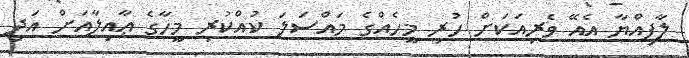
ލާފިއްޔާ އެއޭ ވެރިއަކަށް ހުރި މީހެއްގެ މައްސަލަ ކުއްކުރި މީހާގެ ޢާއިލާއަށް އަދި